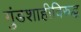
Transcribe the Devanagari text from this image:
गुंडशाहीविरुद्ध